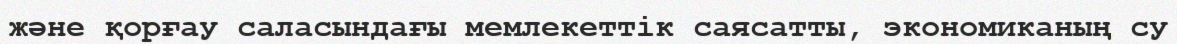
және қорғау саласындағы мемлекеттік саясатты, экономиканың су